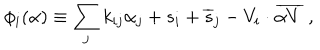
\phi _ { i } ( \alpha ) \equiv \sum _ { j } k _ { i j } \alpha _ { j } + s _ { i } + { \overline { { s } } } _ { j } - V _ { i } \cdot { \overline { { { \alpha V } } } } ~ ,